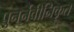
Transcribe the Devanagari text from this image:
पुनर्नवीनिकृत